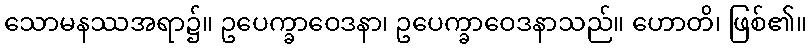
သောမနဿအရာ၌။ ဥပေက္ခာဝေဒနာ၊ ဥပေက္ခာဝေဒနာသည်။ ဟောတိ၊ ဖြစ်၏။